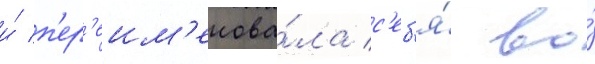
и́ п'ер'еим'енова́ла с'еб'я́ во́